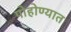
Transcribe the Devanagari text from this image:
पोहोण्यात